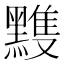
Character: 𪒊